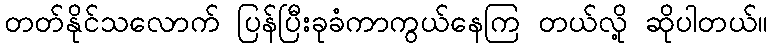
တတ်နိုင်သလောက် ပြန်ပြီးခုခံကာကွယ်နေကြ တယ်လို့ ဆိုပါတယ်။